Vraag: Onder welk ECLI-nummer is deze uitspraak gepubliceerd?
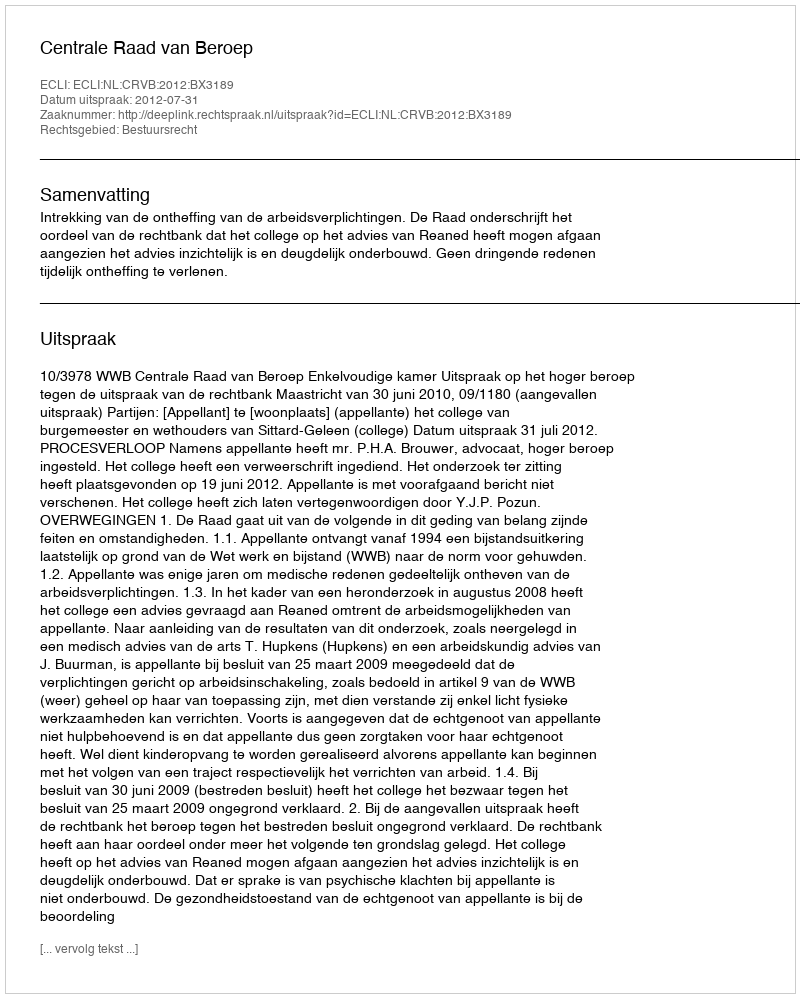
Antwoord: ECLI:NL:CRVB:2012:BX3189